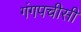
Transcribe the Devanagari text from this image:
गंगपचीसी